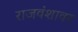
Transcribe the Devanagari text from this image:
राजवंशावर